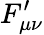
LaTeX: F_{\mu\nu}^{\prime}